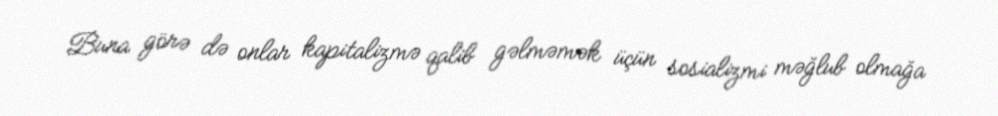
Buna görə də onlar kapitalizmə qalib gəlməmək üçün sosializmi məğlub olmağa